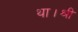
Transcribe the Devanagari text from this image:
था।श्री